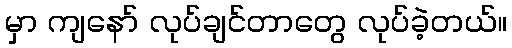
မှာ ကျနော် လုပ်ချင်တာတွေ လုပ်ခဲ့တယ်။